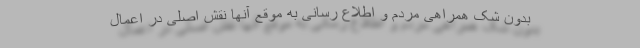
بدون شک همراهی مردم و اطلاع رسانی به موقع آنها نقش اصلی در اعمال